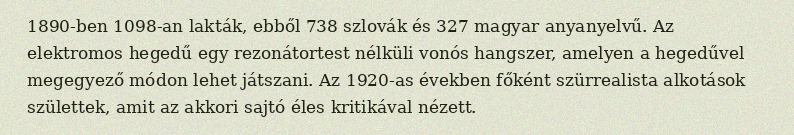
1890-ben 1098-an lakták, ebből 738 szlovák és 327 magyar anyanyelvű. Az elektromos hegedű egy rezonátortest nélküli vonós hangszer, amelyen a hegedűvel megegyező módon lehet játszani. Az 1920-as években főként szürrealista alkotások születtek, amit az akkori sajtó éles kritikával nézett.